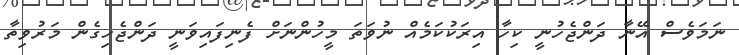
ނަމަވެސް އޭނާ ދަންޖެހުނީ ކިހާ އިރަކުކަމެއް ނުވަތަ މީހުންނަށް ފެނިފައިވަނީ ދަންޖެހިގެން މަރުވިތާ